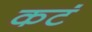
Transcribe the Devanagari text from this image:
कटं